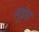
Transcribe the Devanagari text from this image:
लुइंस